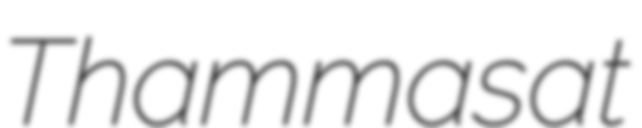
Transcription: Thammasat